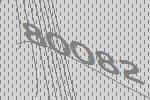
80082